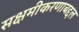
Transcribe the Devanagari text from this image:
सक्षमीकरणाबद्दल